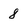
Character: 8